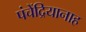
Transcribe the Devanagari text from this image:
पंचेंद्रियानाह